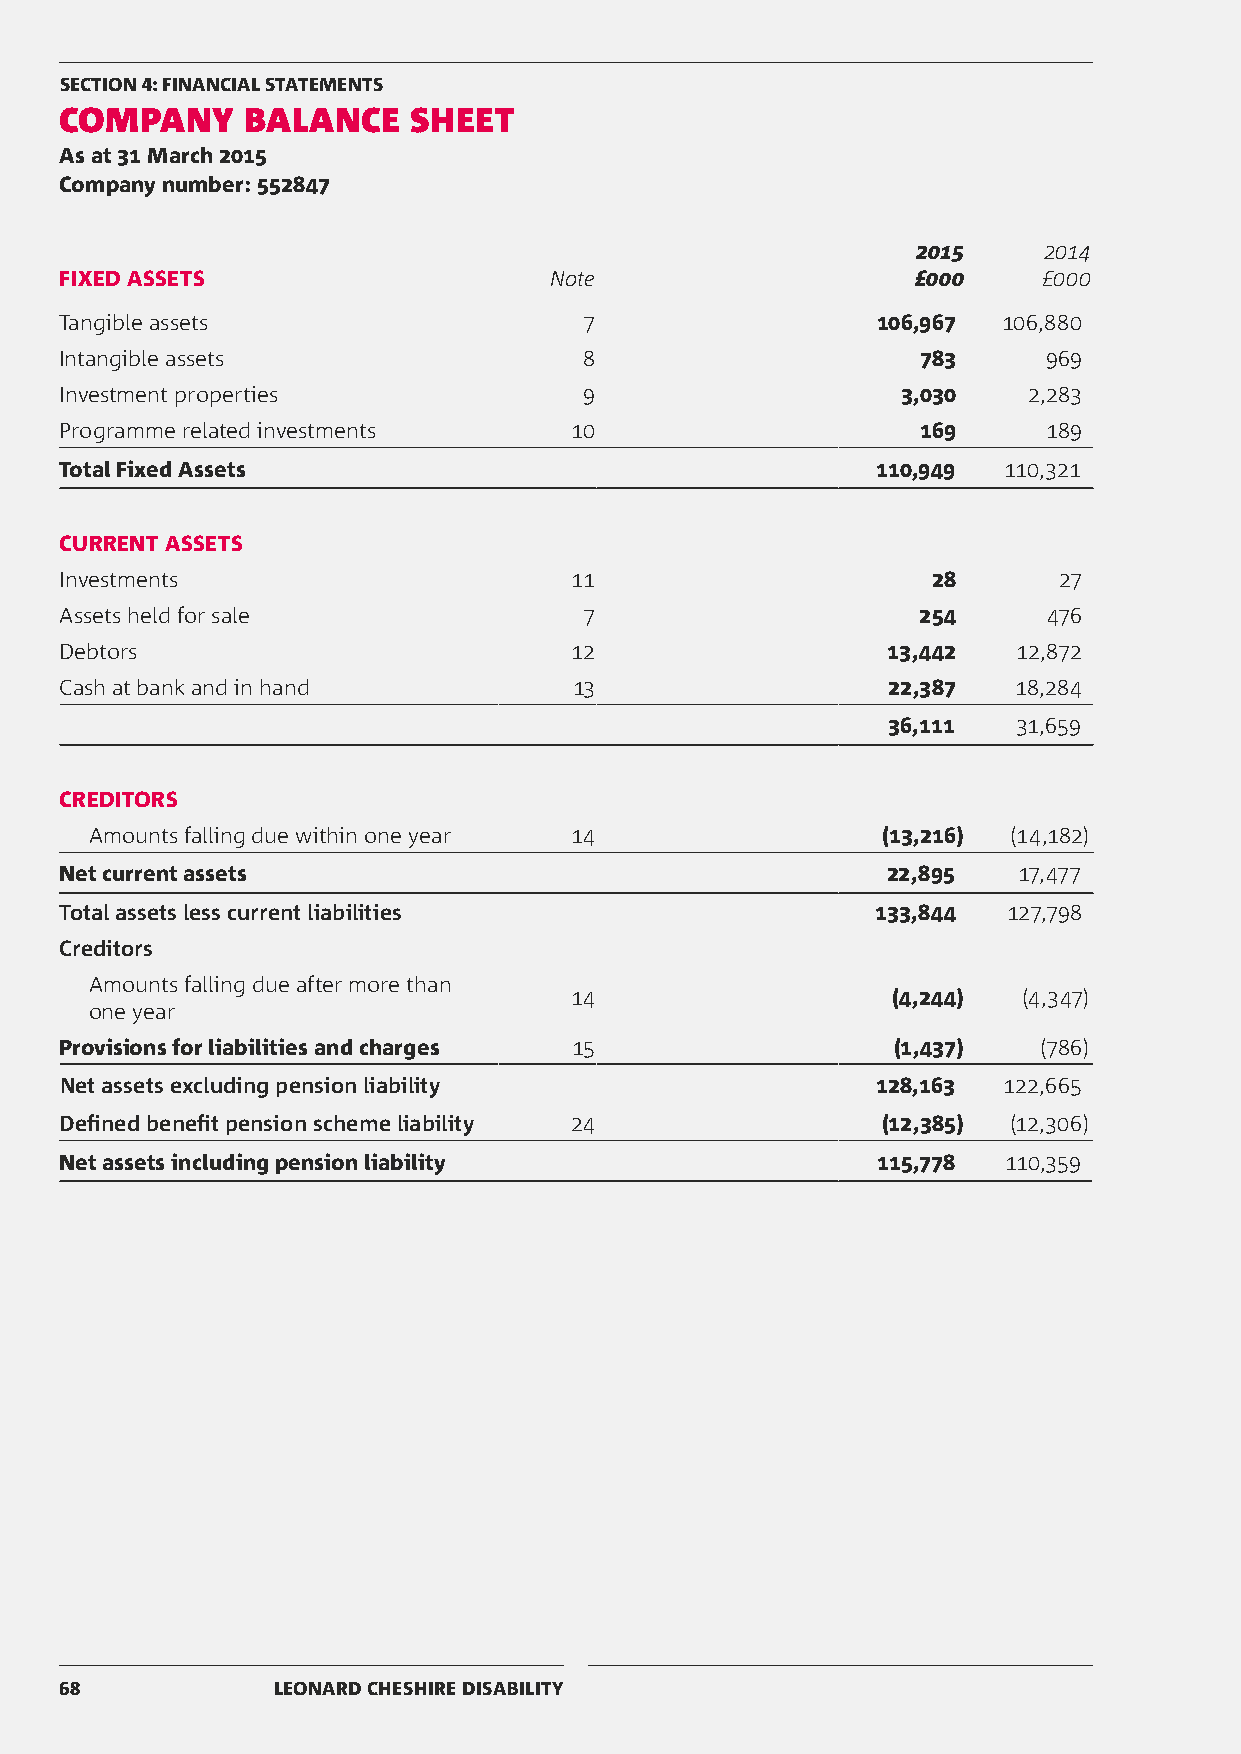
SECTION 4: FINANCIAL STATEMENTS
 COMPANY     BALANCE    SHEET
 As at 31 March 2015
 Company number: 552847
 2015    2014
 FIXED ASSETS                    Note                     £000    £000
 Tangible assets                    7                  106,967 106,880
 Intangible assets                  8                     783     969
 Investment properties              9                    3,030   2,283
 Programme related investments     10                     169     189
 Total Fixed Assets                                    110,949 110,321
 CURRENT ASSETS
 Investments                       11                      28      27
 Assets held for sale               7                     254     476
 Debtors                           12                   13,442  12,872
 Cash at bank and in hand          13                   22,387  18,284
 36,111  31,659
 CREDITORS
 Amounts falling due within one year 14              (13,216) (14,182)
 Net current assets                                     22,895  17,477
 Total assets less current liabilities                 133,844  127,798
 Creditors
 Amounts falling due after more than
 14                   (4,244)  (4,347)
 one year
 Provisions for liabilities and charges 15              (1,437)   (786)
 Net assets excluding pension liability                128,163 122,665
 Defined benefit pension scheme liability 24           (12,385) (12,306)
 Net assets including pension liability                115,778 110,359
 68            LEONARD CHESHIRE DISABILITY